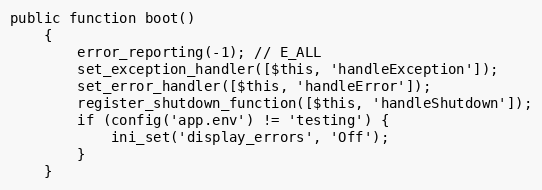
Language: PHP
public function boot()
    {
        error_reporting(-1); // E_ALL
        set_exception_handler([$this, 'handleException']);
        set_error_handler([$this, 'handleError']);
        register_shutdown_function([$this, 'handleShutdown']);
        if (config('app.env') != 'testing') {
            ini_set('display_errors', 'Off');
        }
    }